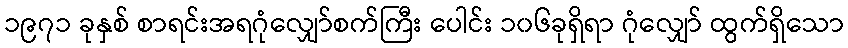
၁၉၇၁ ခုနှစ် စာရင်းအရဂုံလျှော်စက်ကြီး ပေါင်း ၁၀၆ခုရှိရာ ဂုံလျှော် ထွက်ရှိသော